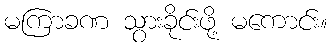
မကြာခဏ သွားခိုင်းဖို့ မကောင်း။